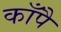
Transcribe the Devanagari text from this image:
काँपै